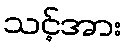
သင့်အား